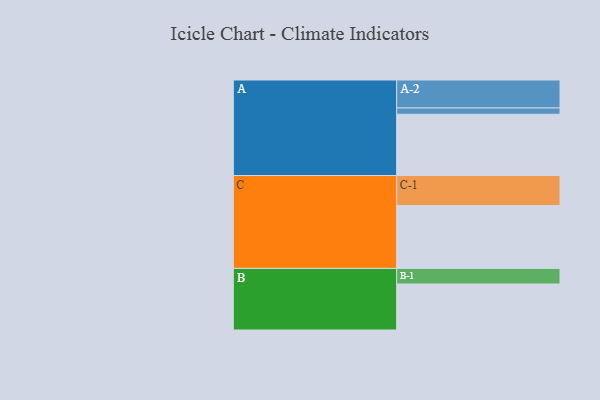
{"axis": {"x": "Segment", "y": "Value"}, "legend": ["", "A", "B", "C"], "data": [{"x": "A", "y": 578, "type": ""}, {"x": "B", "y": 434, "type": ""}, {"x": "C", "y": 593, "type": ""}, {"x": "A-1", "y": 59, "type": "A"}, {"x": "A-2", "y": 264, "type": "A"}, {"x": "B-1", "y": 147, "type": "B"}, {"x": "C-1", "y": 283, "type": "C"}]}